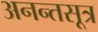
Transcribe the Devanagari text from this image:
अनन्तसूत्र